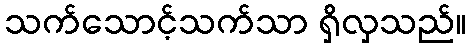
သက်သောင့်သက်သာ ရှိလှသည်။